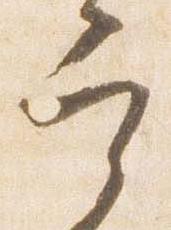
宰